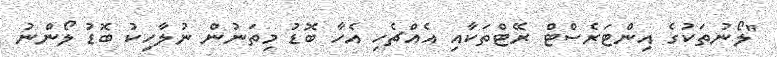
"ލޯނުތަކުގެ އިންޓަރެސްޓް ރޭޓްތަކާއި އެއްޗެހި އެހާ ބޮޑު މިތަނުން ނުލާހިކު ބޮޑު ލޯންނު